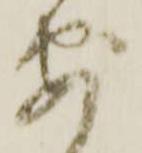
安